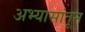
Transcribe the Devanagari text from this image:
अभ्यासांतून